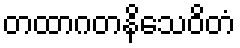
တထာဂတနိသေဝိတံ